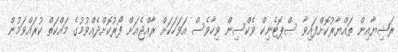
ރަޝިޔާއިން ތައްޔާރުކޮށްފައިވާ ސްޕޮޓެނިކް ވެކްސިން ވިހާވެސް އަވަހަކަށް ރާއްޖެއަށް ފޯރުކޮށްދެއްވުމުގެ މަައްކަތް ކުރައްވަމުން